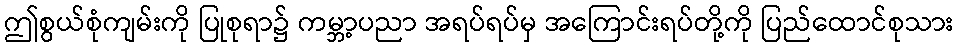
ဤစွယ်စုံကျမ်းကို ပြုစုရာ၌ ကမ္ဘာ့ပညာ အရပ်ရပ်မှ အကြောင်းရပ်တို့ကို ပြည်ထောင်စုသား